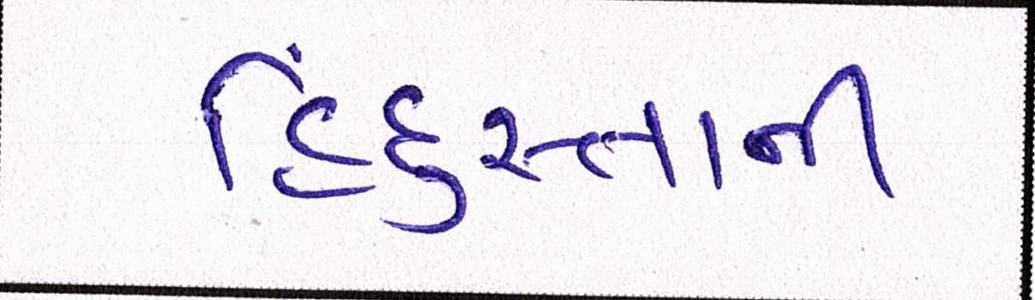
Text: હિંદુસ્તાની